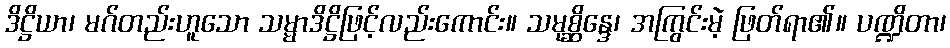
ဒိဋ္ဌိယာ၊ မဂ်တည်းဟူသော သမ္မာဒိဋ္ဌိဖြင့်လည်းကောင်း။ သမုစ္ဆိန္ဒေ၊ အကြွင်းမဲ့ ဖြတ်ရာ၏။ ပဏ္ဍိတာ၊